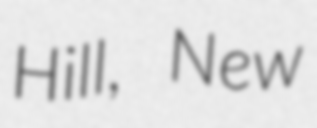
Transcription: Hill, New